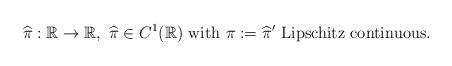
LaTeX: \begin{align*} \widehat{\pi}: \mathbb{R} \rightarrow \mathbb{R}, \ \textrm{$\widehat{\pi} \in C^1(\mathbb{R})$ with $ \pi := \widehat{\pi}'$ Lipschitz continuous.}\end{align*}